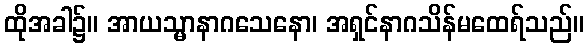
ထိုအခါ၌။ အာယသ္မာနာဂသေနော၊ အရှင်နာဂသိန်မထေရ်သည်။